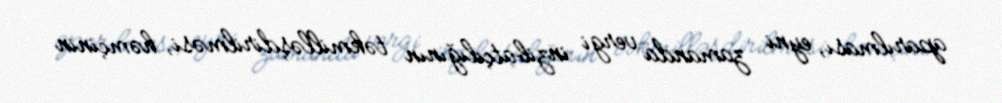
aparılması, eyni zamanda vergi inzibatçılığının təkmilləşdirilməsi, həmçinin